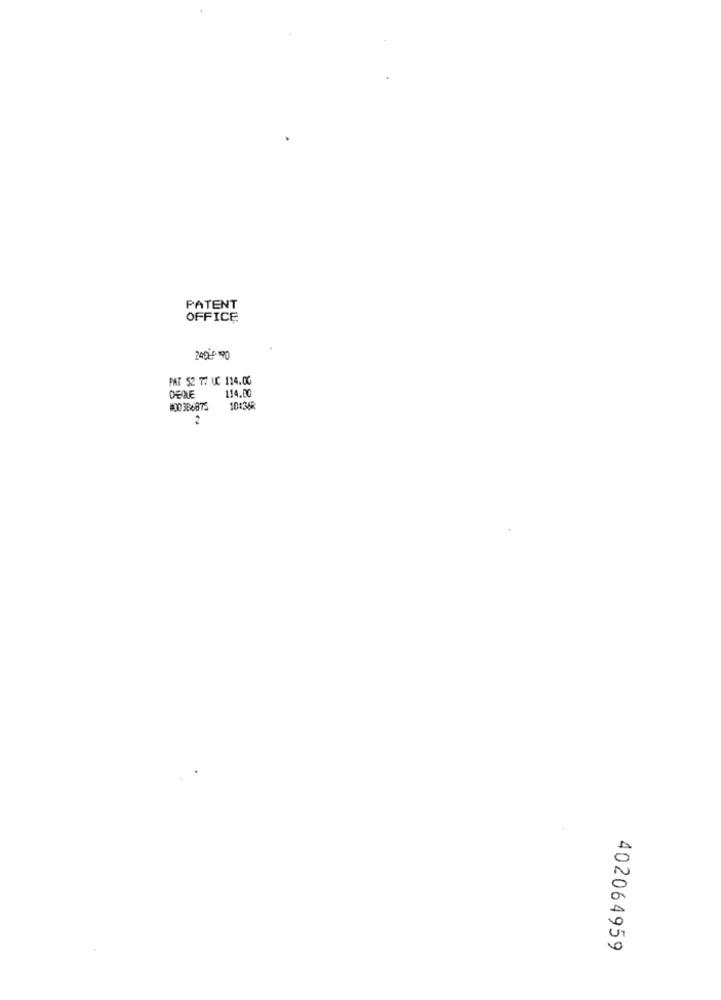
PATENT
OFFICE
249290
PAT 52 77 UC 114.00
114.00
#00386875
10:36R
2
402064959